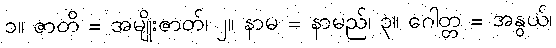
၁။ ဇာတိ = အမျိုးဇာတ်၊ ၂။ နာမ = နာမည်၊ ၃။ ဂေါတ္တ = အနွယ်၊